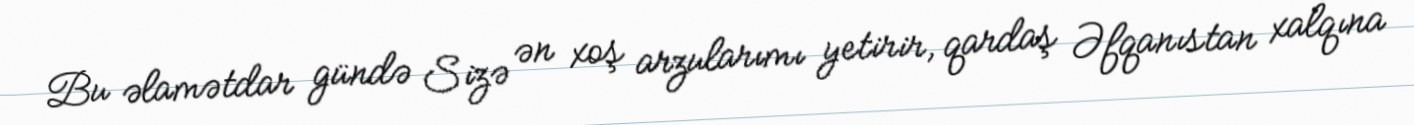
Bu əlamətdar gündə Sizə ən xoş arzularımı yetirir, qardaş Əfqanıstan xalqına